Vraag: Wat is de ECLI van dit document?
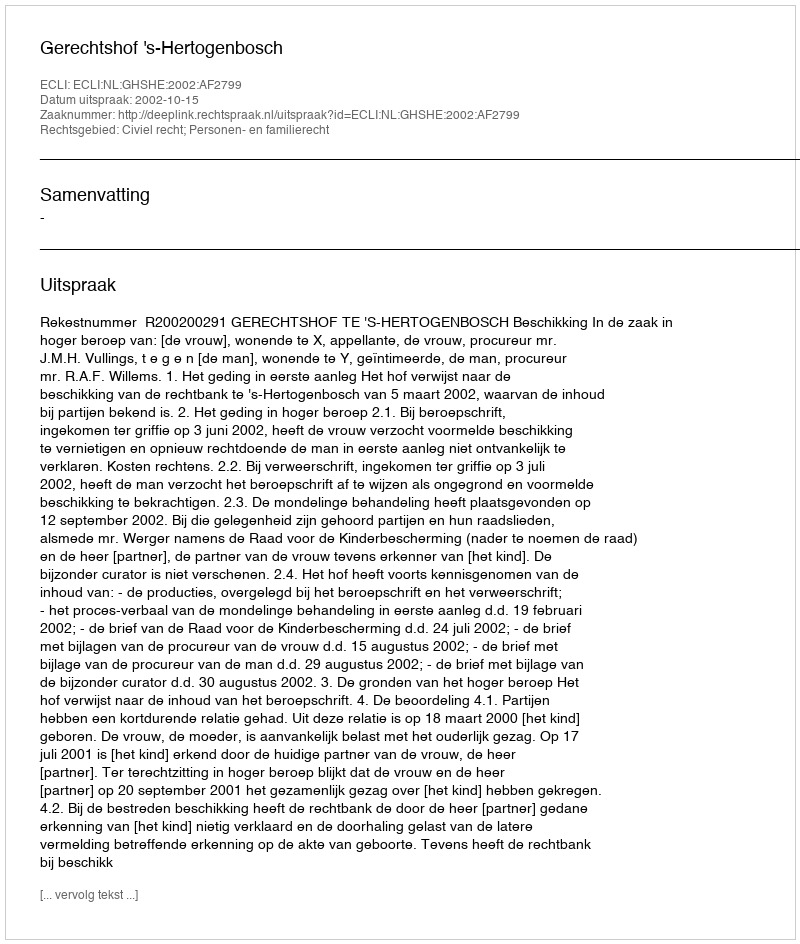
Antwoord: ECLI:NL:GHSHE:2002:AF2799